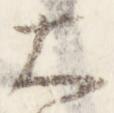
大